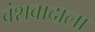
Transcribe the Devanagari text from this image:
वंशवादाला